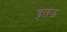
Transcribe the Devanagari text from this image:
इतऊ